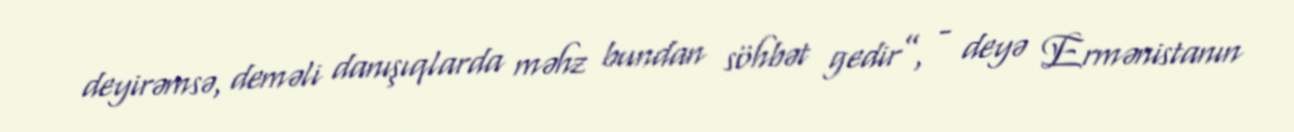
deyirəmsə, deməli danışıqlarda məhz bundan söhbət gedir”, - deyə Ermənistanın